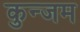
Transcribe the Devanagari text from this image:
कुन्जम